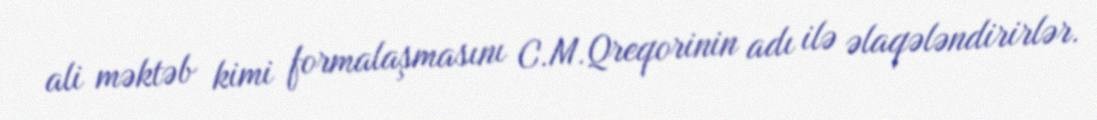
ali məktəb kimi formalaşmasını C.M.Qreqorinin adı ilə əlaqələndirirlər.